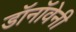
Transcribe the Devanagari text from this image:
डॉनॉवेनी